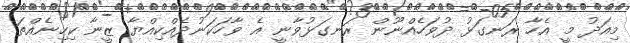
މިއަދު މީ އެހާ ރަނގަޅު ދުވަހެއްނޫން ރަނގަޅުވާނީ އެ ވާހަކަނުދެއްކިއްޔާ ޒީނާ ކިހިނެއްތަ